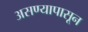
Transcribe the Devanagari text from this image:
असण्यापासून